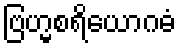
ဗြဟ္မစရိယောဂဓံ